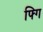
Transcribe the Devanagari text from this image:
फ्गि